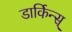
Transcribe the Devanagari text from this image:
डार्किन्स्